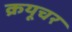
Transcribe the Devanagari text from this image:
क्रयूचर